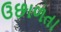
ઉછાળતા